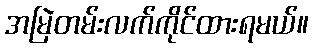
အမြဲတမ်းလက်ကိုင်ထားရမယ်။